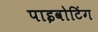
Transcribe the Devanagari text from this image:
पाइवोटिंग